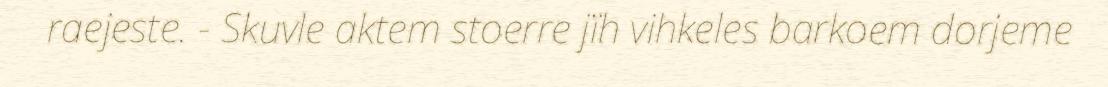
raejeste. - Skuvle aktem stoerre jïh vihkeles barkoem dorjeme